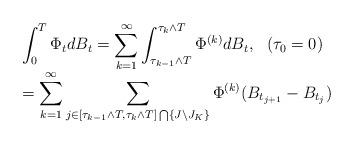
LaTeX: \begin{align*}\begin{array}{ll}&\displaystyle \int_{0}^{T}\Phi_{t}d B_{t}= \sum_{k=1}^{\infty} \int_{\tau_{k-1}\wedge T}^{\tau_{k}\wedge T} \Phi^{(k)} dB_{t}, \ \ (\tau_{0}=0) \\&=\displaystyle \sum_{k=1}^{\infty} \sum_{ \substack{j\in [\tau_{k-1}\wedge T,\tau_{k}\wedge T]\bigcap \{ J\setminus J_{K}\} } } \Phi^{(k)} (B_{t_{j+1}}-B_{t_{j}})\end{array}\end{align*}